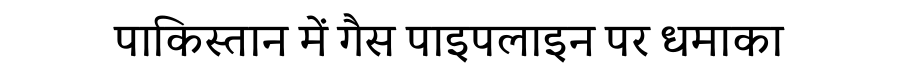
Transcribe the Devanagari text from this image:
पाकिस्तान में गैस पाइपलाइन पर धमाका